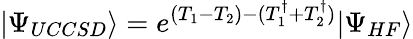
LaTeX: |\Psi_{UCCSD}\rangle=e^{(T_{1}-T_{2})-(T_{1}^{\dagger}+T_{2}^{\dagger})}|\Psi_{HF}\rangle